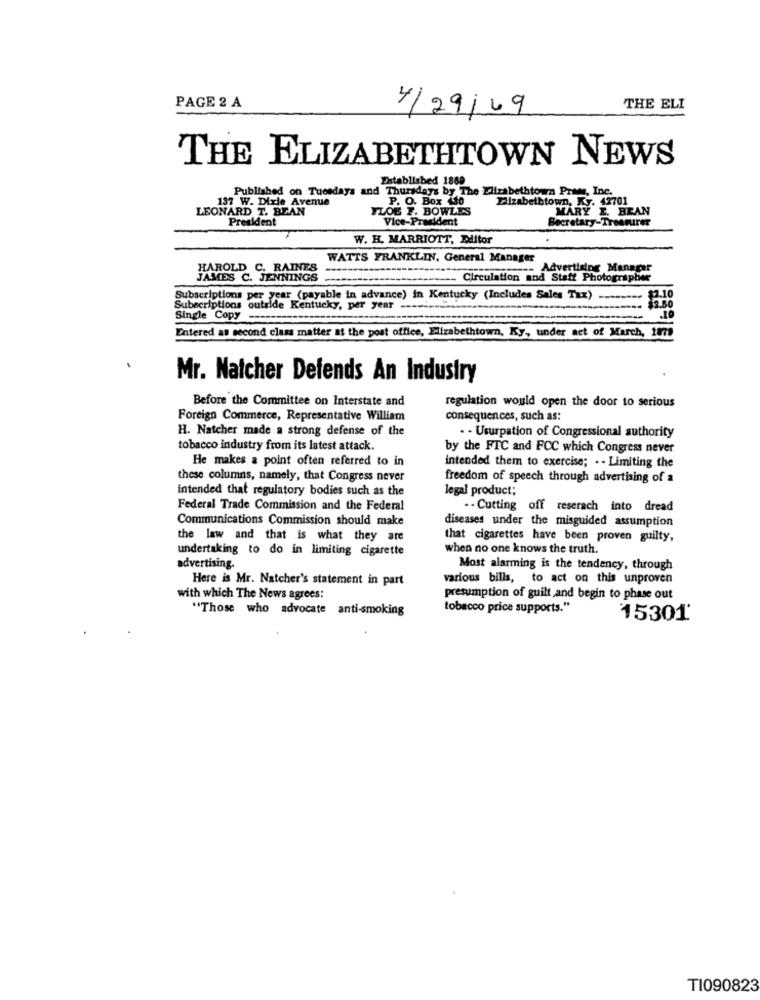
PAGE 2 A
4/29/09
THE ELI
THE ELIZABETHTOWN NEWS
Established 1889
Published on Tuesdays and Thursdays by The Elizabethtown Prams, Inc.
137 W. Dixie Avenue
P. O. Box Lo
Elizabethtown, Ky. 42701
LEONARD T. BEAN
YLOE F. BOWLES
MARY I. BEAN
President
Vice-President
Secretary-Treasurer
W. H. MARRIOTT, Editor
WATTS FRANKLIN, General Manager
HAROLD C. RAINES
Advertising Manager
JAMES C. JENNINGS
Circulation and Staff Photographer
Subscriptions per year (payable in advance) in Kentucky (Includes Sales Tax)
$2.10
Subscriptions outside Kentucky, per year
Single Copy
Entered as second class matter at the post office, Elizabethtown, Ky ,, under act of March, 1m7
Mr. Natcher Defends An Industry
Before the Committee on Interstate and
regulation would open the door to serious
Foreign Commerce, Representative William
consequences, such as:
H. Natcher made a strong defense of the
. - Usurpation of Congressional authority
tobacco industry from its latest attack.
by the FTC and FCC which Congress never
He makes a point often referred to in
intended them to exercise; . . Limiting the
these columns, namely, that Congress never
freedom of speech through advertising of a
intended that regulatory bodies such as the
legal product;
Federal Trade Commission and the Federal
. - Cutting off reserach into dread
Communications Commission should make
diseases under the misguided assumption
the law and that is what they are
that cigarettes have been proven guilty,
undertaking to do in limiting cigarette
when no one knows the truth.
advertising.
Most alarming is the tendency, through
Here is Mr. Natcher's statement in part
various bills, to act on this unproven
with which The News agrees:
presumption of guilt and begin to phase out
"Those who advocate anti-smoking
tobacco price supports."
15301
T1090823